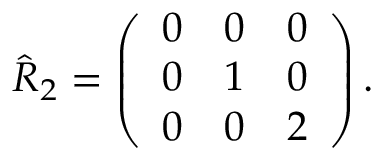
\hat { R } _ { 2 } = \left( \begin{array} { l l l } { 0 } & { 0 } & { 0 } \\ { 0 } & { 1 } & { 0 } \\ { 0 } & { 0 } & { 2 } \end{array} \right) .